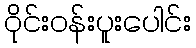
ဝိုင်းဝန်းပူးပေါင်း